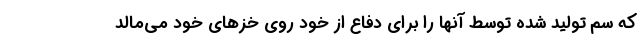
که سم تولید شده توسط آنها را برای دفاع از خود روی خزهای خود می‌مالد